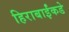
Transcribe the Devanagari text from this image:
हिराबाईंकडे